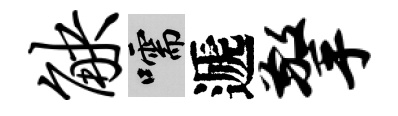
觖嚅遞擎